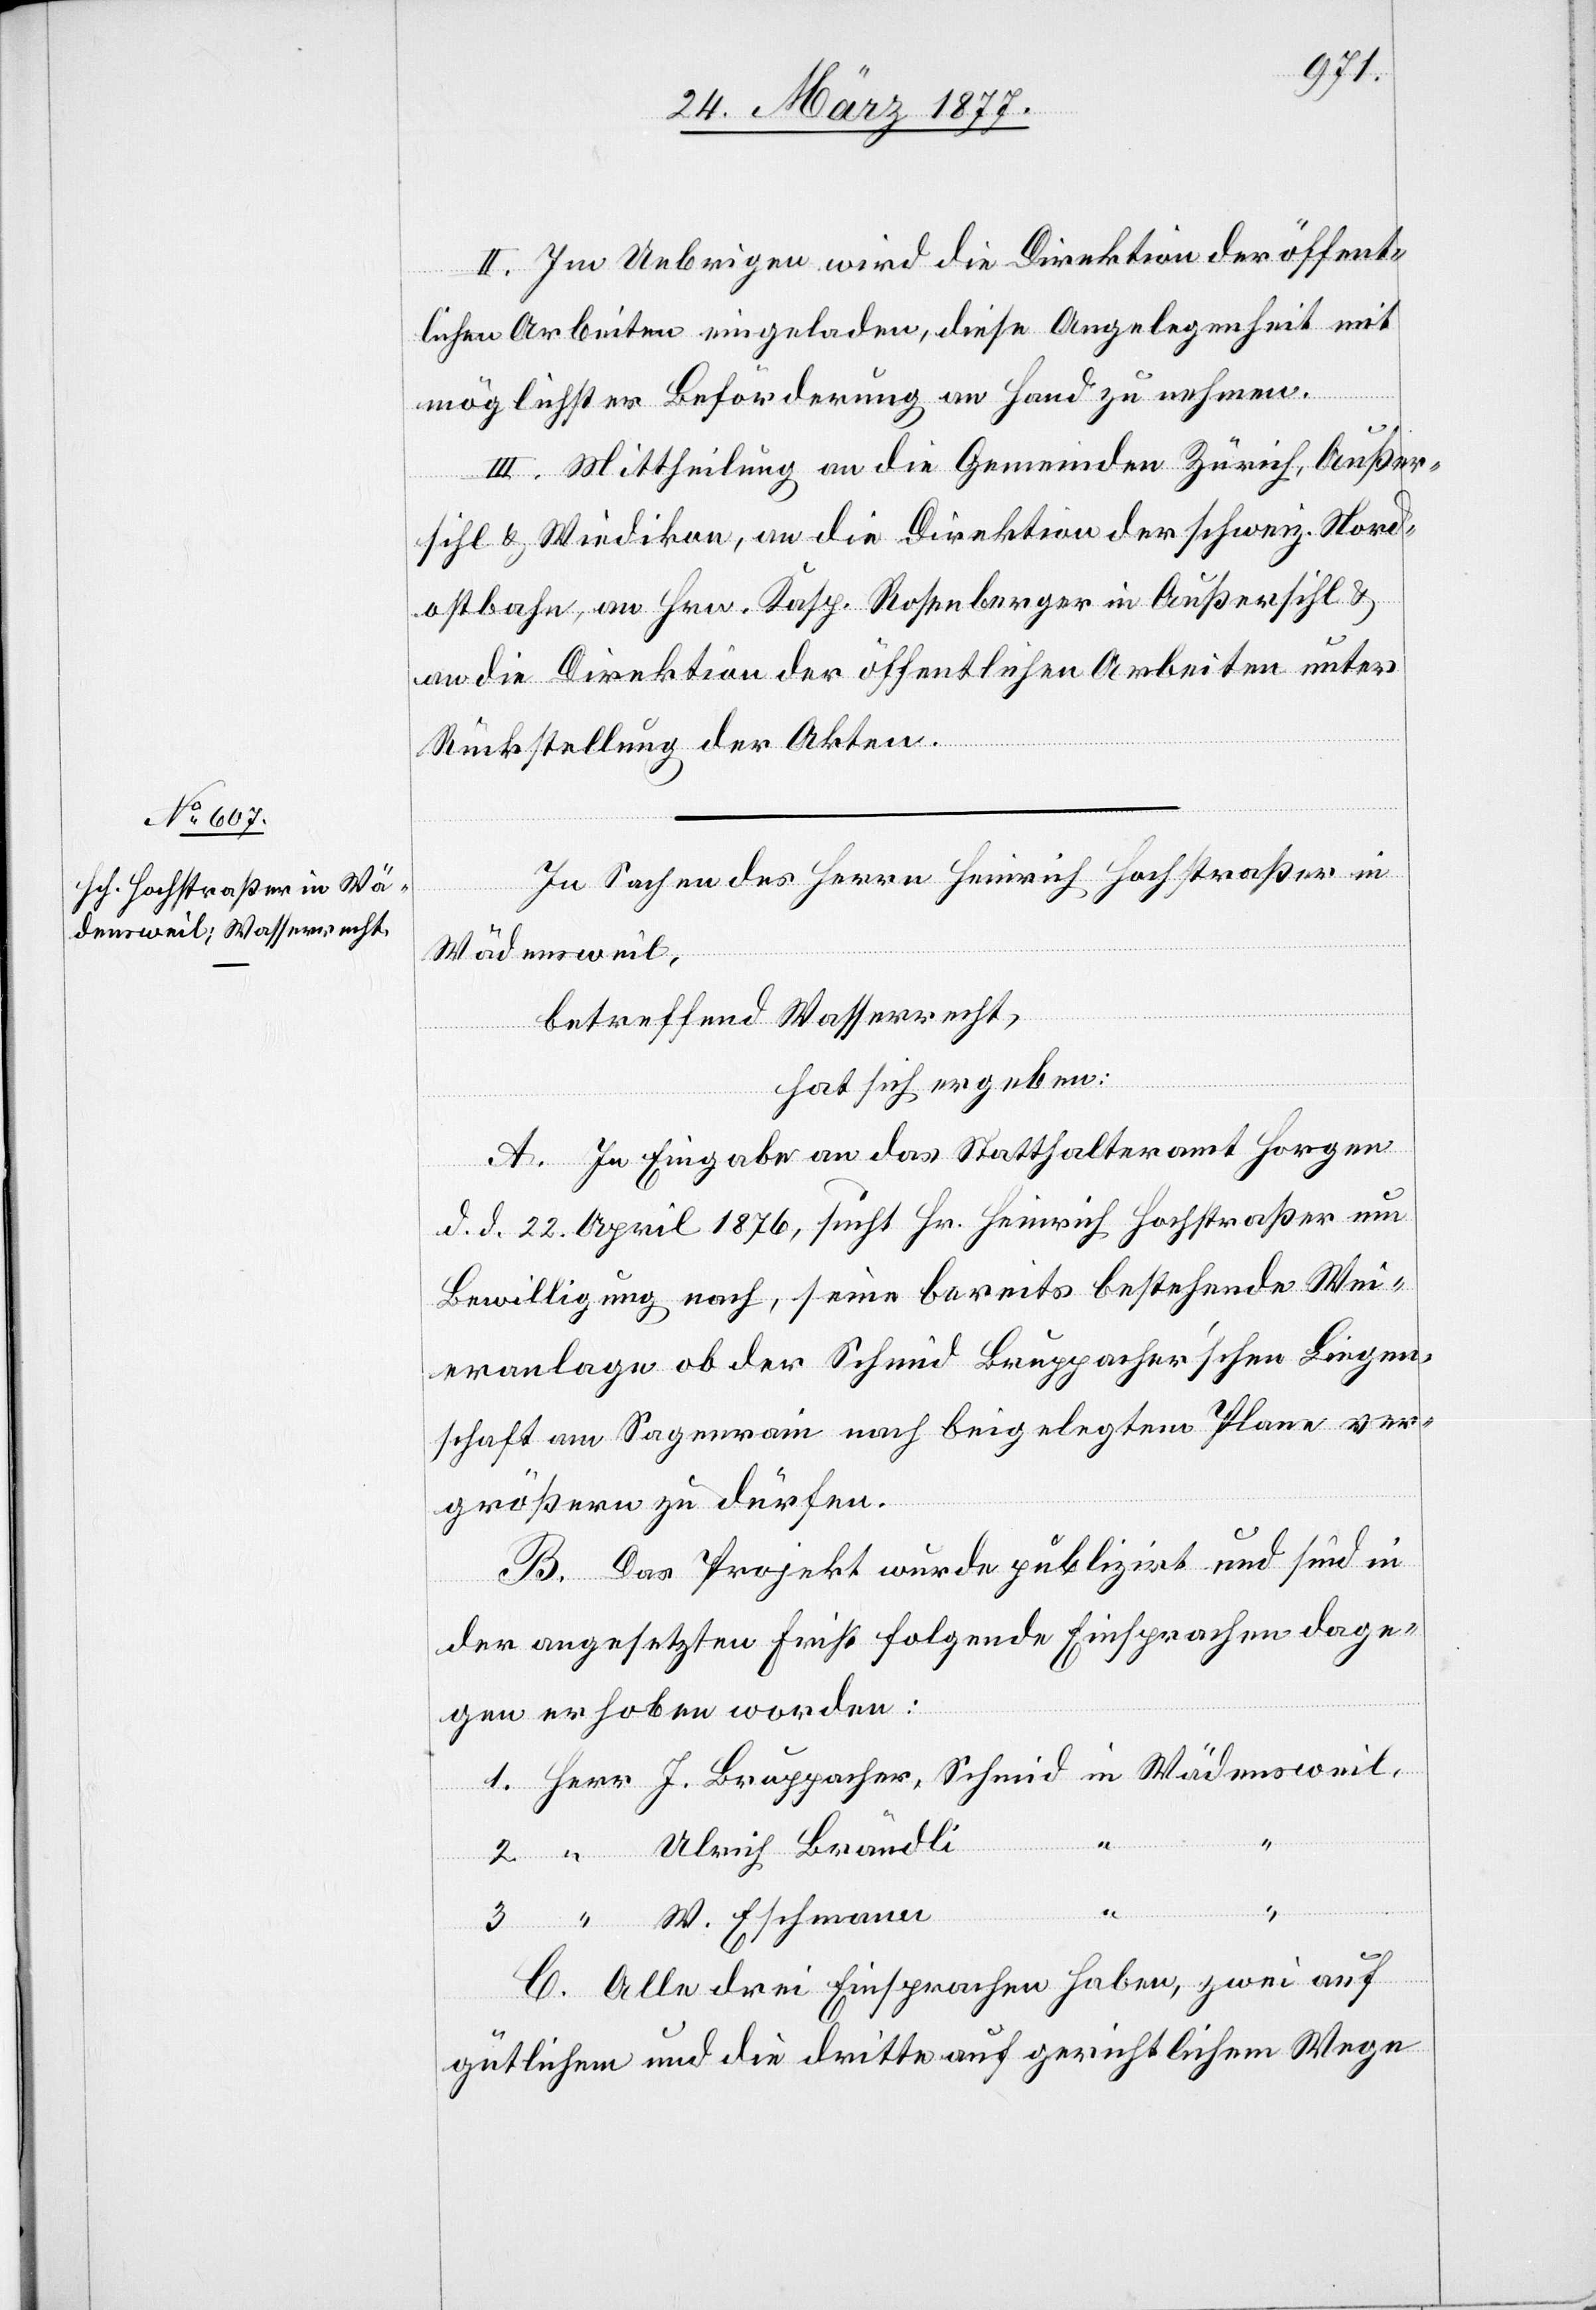
II. Im Uebrigen wird die Direktion der öffent¬
Ulrich Brä¬
lichen Arbeiten eingeladen, diese Angelegenheit mit
möglichster Beförderung an Hand zu nehmen.
2.
III. Mittheilung an die Gemeinden Zürich, Außer¬
sihl & Wiedikon, an die Direktion der schweiz. Nord¬
ostbahn, an Hrn. Kasp. Rosenberger in Außersihl &
an die Direktion der öffentlichen Arbeiten unter
Rückstellung der Akten.
In Sachen des Herrn Heinrich Hochstraßer in
Wädensweil
betreffend Wasserrecht,
hat sich ergeben:
A. In Eingabe an das Statthalteramt Horgen
d. d. 22. April 1876, sucht Hr. Heinrich Hochstraßer um
Bewilligung nach, seine bereits bestehende Wei¬
eranlage ob der Schmid Bruppacher’schen Liegen¬
schaft am Sagenrain nach beigelegtem Plane ver¬
größern zu dürfen.
B. Das Projekt wurde publizirt und sind in
der angesetzten Frist folgende Einsprachen dage¬
gen erhoben worden:
1.
ndli
3.
W. Eschmann
C. Alle drei Einsprachen haben, zwei auf
gütlichem und die dritte auf gerichtlichem Wege